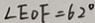
\angle E O F = 6 2 ^ { \circ }